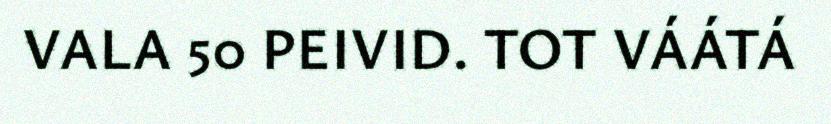
VALA 50 PEIVID. TOT VÁÁTÁ